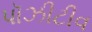
પૉઝીટીવ